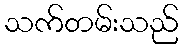
သက်တမ်းသည်